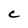
Character: C